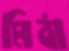
মিঠা